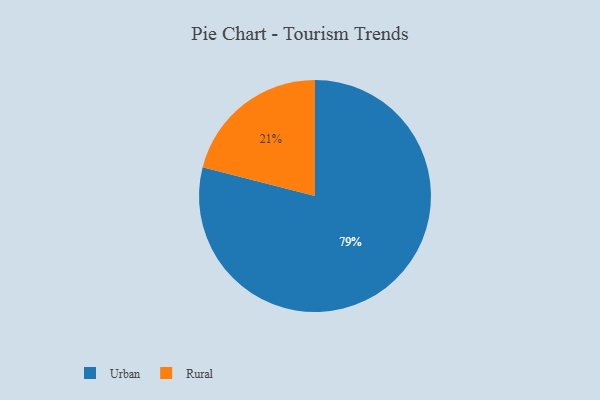
{"axis": {"x": "Category", "y": "Percentage"}, "legend": ["Rural", "Urban"], "data": [{"x": "Urban", "y": 79, "type": "Urban"}, {"x": "Rural", "y": 21, "type": "Rural"}]}